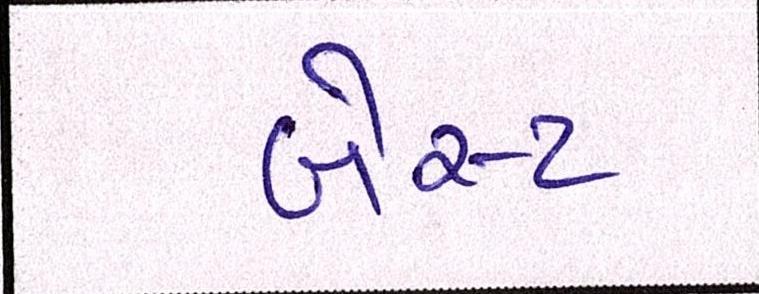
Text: બેસ્ટ